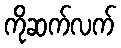
ကိုဆက်လက်